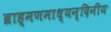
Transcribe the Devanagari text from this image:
ब्राह्मणमाध्यन्दिनीय